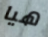
هيا